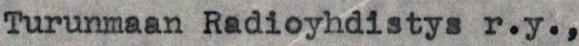
Turunmaan Radioyhdistys r.y.,